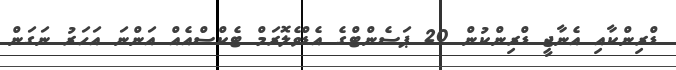
ޑްރިންކާއި އެނާޖީ ޑްރިންކުން 20 ޕަސެންޓްގެ އެޑްވެލޮރަމް ޓެކްސްއެއް އަންނަ އަހަރު ނަގަން